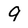
Character: 9